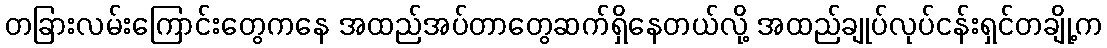
တခြားလမ်းကြောင်းတွေကနေ အထည်အပ်တာတွေဆက်ရှိနေတယ်လို့ အထည်ချုပ်လုပ်ငန်းရှင်တချို့က